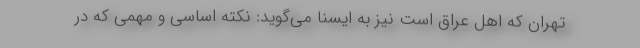
تهران که اهل عراق است نیز به ایسنا می‌گوید: نکته اساسی و مهمی که در